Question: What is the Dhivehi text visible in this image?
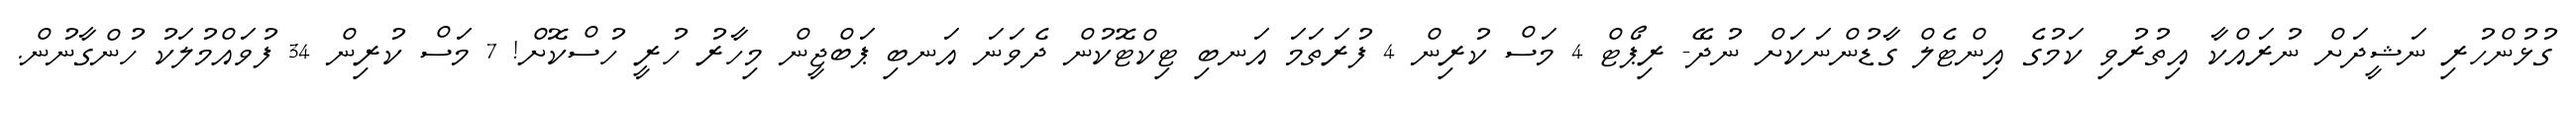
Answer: ގުޅުންހުރި ނަޝީދަށް ނުރައްކާ އިތުރުވި ކަމުގެ އިންޓެލް ގާޑުންނަކަށް ނުދޭ- ރިޕޯޓް 4 މަސް ކުރިން 4 ފުރަތަމަ އަނބި ޓިކްޓޮކުން ދެވަނަ އަނބި ޕަބްޖީން މިހާރު ހުރީ ހުސްކޮށް! 7 މަސް ކުރިން 34 ފުވައްމުލަކު ހުންގާނުން.